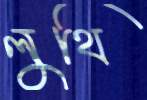
লুথি